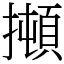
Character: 𰔫